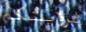
لرؤيتكم